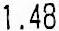
1.48